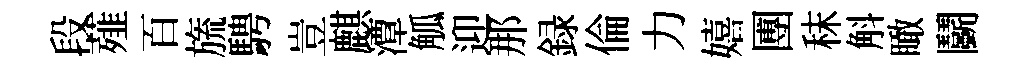
段薤百旒騁豈麒潭觚迎那録倫力嬉圑秣斛瞰鬬